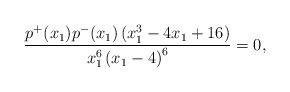
\begin{align*} \frac{p^{+}(x_1) p^{-}(x_1) \left(x_1^3-4x_1+16\right)}{x_1^6\left(x_1-4\right)^6}=0, \end{align*}